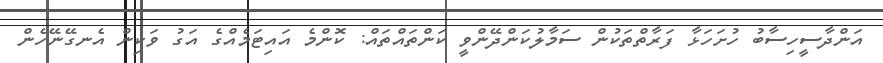
އަންދާސީހިސާބު ހުށަހަޅާ ފަރާތްތަކުން ސަމާލުކަންދޭންވީ ކަންތައްތައް: ކޮންމެ އައިޓަމެއްގެ އަގު ވަކިން އެނގޭނޭހެން